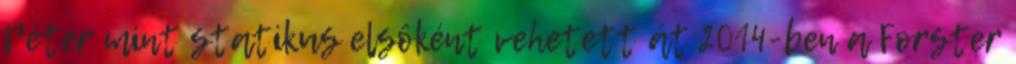
Péter mint statikus elsôként vehetett át 2014-ben a Forster